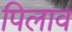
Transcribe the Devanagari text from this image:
पिलाव